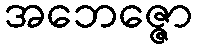
အဘေဇ္ဇော